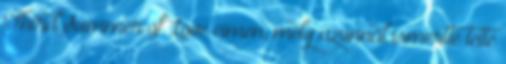
Third Summer of Love címen, mely azonnal ismertté tette